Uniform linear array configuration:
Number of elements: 12
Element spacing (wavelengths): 0.25
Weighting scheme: hamming
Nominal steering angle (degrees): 0
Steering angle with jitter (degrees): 0.4542
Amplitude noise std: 0.05
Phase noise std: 0.05

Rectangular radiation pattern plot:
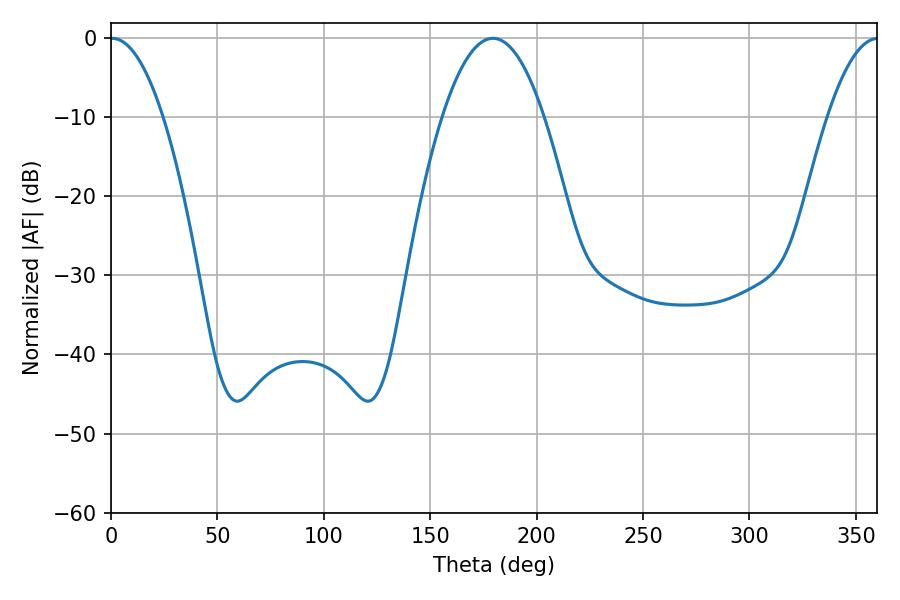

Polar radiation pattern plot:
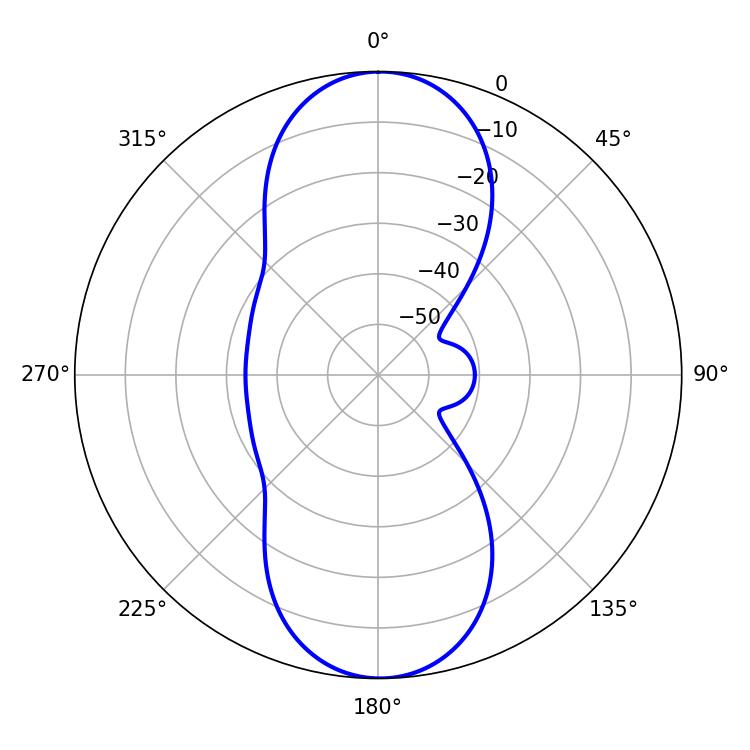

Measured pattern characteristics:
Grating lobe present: FALSE
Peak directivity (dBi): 24.662
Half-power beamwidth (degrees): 13.68
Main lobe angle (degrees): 0.54